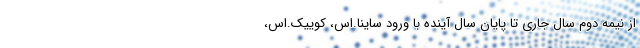
از نیمه دوم سال جاری تا پایان سال آینده با ورود ساینا.اس، کوییک.اس،